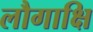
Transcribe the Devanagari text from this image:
लौगाक्षि